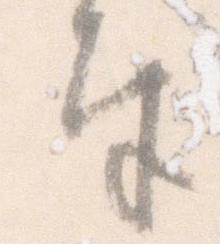
奉